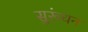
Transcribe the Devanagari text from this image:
सुरूंधन